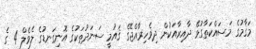
މަޤާމުގެ މަސައްކަތާގުޅޭ ދާއިރާއަކުން ދިވެހިރާއްޖޭގެ ޤައުމީ ސަނަދުތަކުގެ އޮނިގަނޑުގެ ލެވެލް 4 ގެ